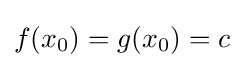
f(x_{0})=g(x_{0})=c